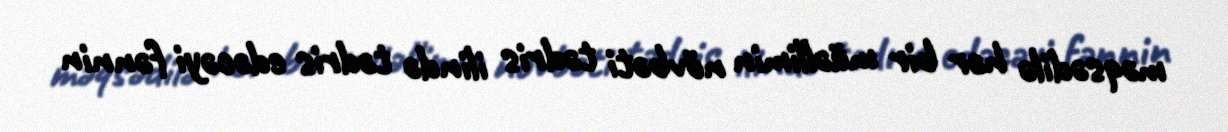
məqsədilə hər bir müəllimin növbəti tədris ilində tədris edəcəyi fənnin